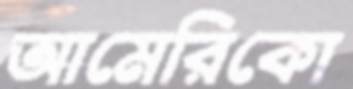
আমেরিকো